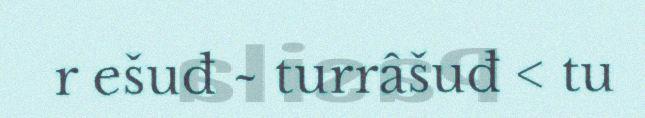
r ešuđ ~ turrâšuđ < tu